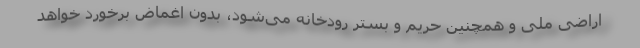
اراضی ملی و همچنین حریم و بستر رودخانه می‌شود، بدون اغماض برخورد خواهد